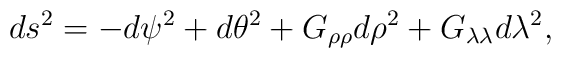
ds^2=-d\psi ^2+d\theta ^2+G_{\rho \rho }d\rho ^2+G_{\lambda \lambda}d\lambda ^2,\nonumber